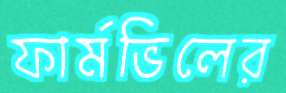
ফার্মভিলের